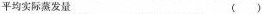
平均实际蒸发量( )